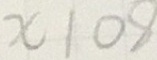
x 1 0 8